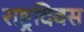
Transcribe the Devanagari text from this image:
राष्ट्रदिवस